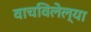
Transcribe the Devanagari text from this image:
वाचविलेल्या